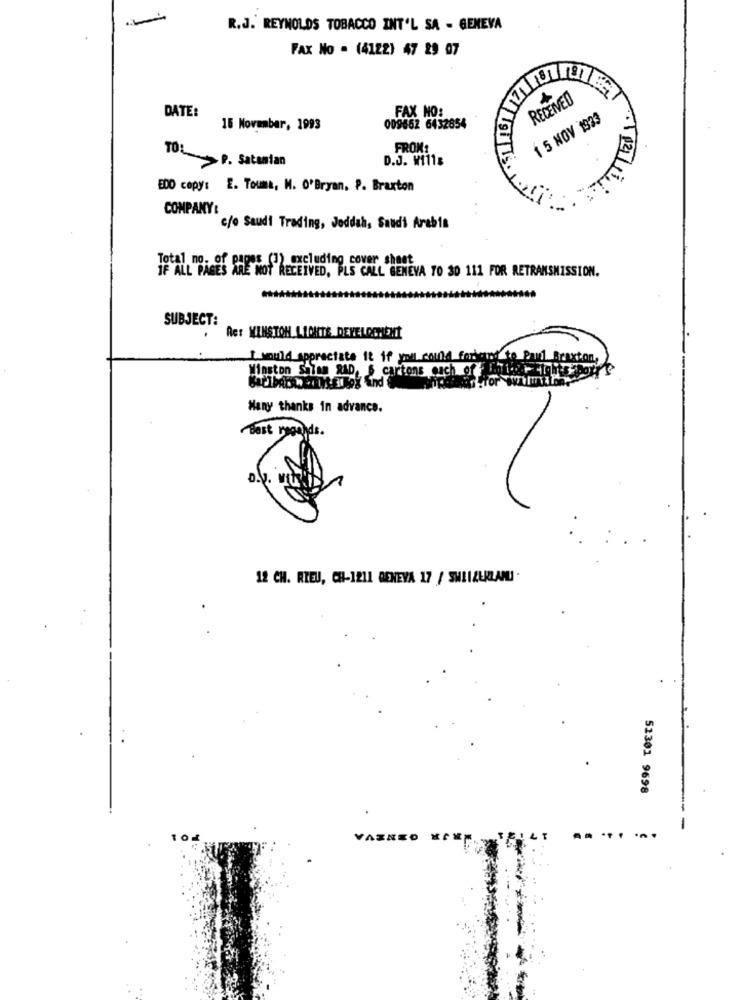
R.J. REYNOLDS TOBACCO INT'L SA - GENEVA
FAX No . (4122) 47 29 07
RECEIVED
DATE:
FAX NO:
1 5 NOV 1933
15 November, 1993
009662 6432854
FROM:
TOL __ P. Satanlan
D.J. W111s
BDD copy: E. Touma, M. 0'Bryan. P. Braxton
COMPANY:
c/o Saudi Trading, Jeddah, Saudi Arabia
Total no. of pages (3) excluding cover sheet
IF ALL PAGES ARE NOT RECEIVED, PLS CALL GENEVA TO 30 111 FOR RETRANSMISSION.
SUBJECT:
. Rer WINSTON LICHTS DEVELOPMENT
I would appreciate it if you could fordem to Parl Braxton,
Winston Shian RAD, 6 cartons each of digits -po
Tor wwwmar
Many thanks in advance.
Best regards.
12 CH. RIEU, CH-1211 GENEVA 17 / SWIIZURLAMU -
51301 9698
VARNEO
EILT